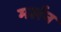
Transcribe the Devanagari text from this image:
मर्लन